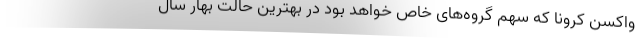
واکسن کرونا که سهم گروه‌های خاص خواهد بود در بهترین حالت بهار سال